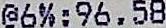
@6%;96.58